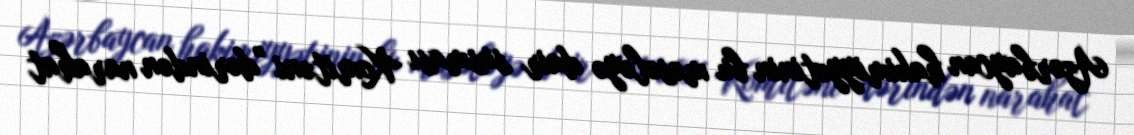
Azərbaycan hakimiyyətinin bu məsələyə dair susması Komitəni "dərindən narahat